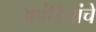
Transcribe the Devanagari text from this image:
अपंडितांचे